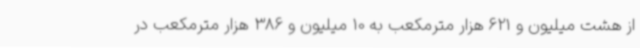
از هشت میلیون و 621 هزار مترمکعب به 10 میلیون و 386 هزار مترمکعب در